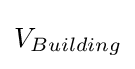
V_{Building}\,\!